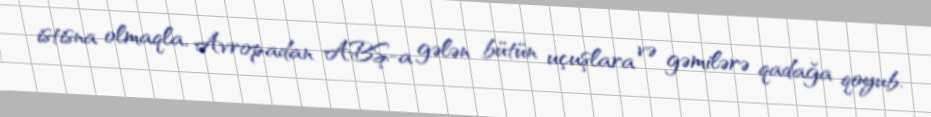
istisna olmaqla, Avropadan ABŞ-a gələn bütün uçuşlara və gəmilərə qadağa qoyub.